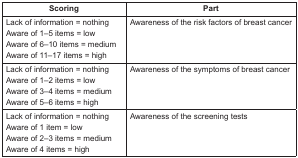
| Scoring | Part |
 | --- | --- |
 | Lack of information = nothingAware of 1–5 items = lowAware of 6–10 items = mediumAware of 11–17 items = high | Awareness of the risk factors of breast cancer |
 | Lack of information = nothingAware of 1–2 items = lowAware of 3–4 items = mediumAware of 5–6 items = high | Awareness of the symptoms of breast cancer |
 | Lack of information = nothingAware of 1 item = lowAware of 2–3 items = mediumAware of 4 items = high | Awareness of the screening tests |